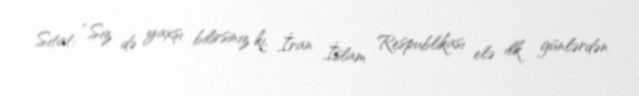
Sitat: “Siz də yaxşı bilirsiniz ki, İran İslam Respublikası elə ilk günlərdən